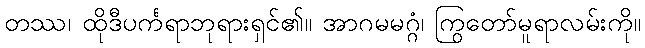
တဿ၊ ထိုဒီပင်္ကရာဘုရားရှင်၏။ အာဂမမဂ္ဂံ၊ ကြွတော်မူရာလမ်းကို။